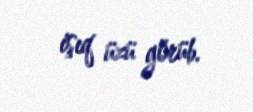
işıq üzü görüb.